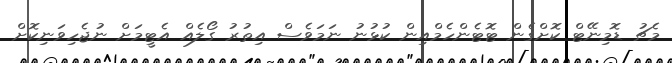
މެޗު ޑޮމިނޭޓް ކޮށްގެން ޓޮޓެންހެމްއިން ކުޅުނު ނަމަވެސް އިތުރު ގޯލެއް އެޓީމަށް ނުޖެހިވަނިކޮށް